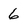
Character: 6